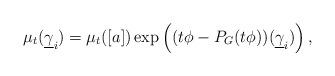
LaTeX: \begin{align*}{\mu_{t}(\underline{\gamma}_i)}={\mu_{t}([a])}\exp\left((t\phi-P_G(t \phi))(\underline{\gamma}_i)\right),\end{align*}